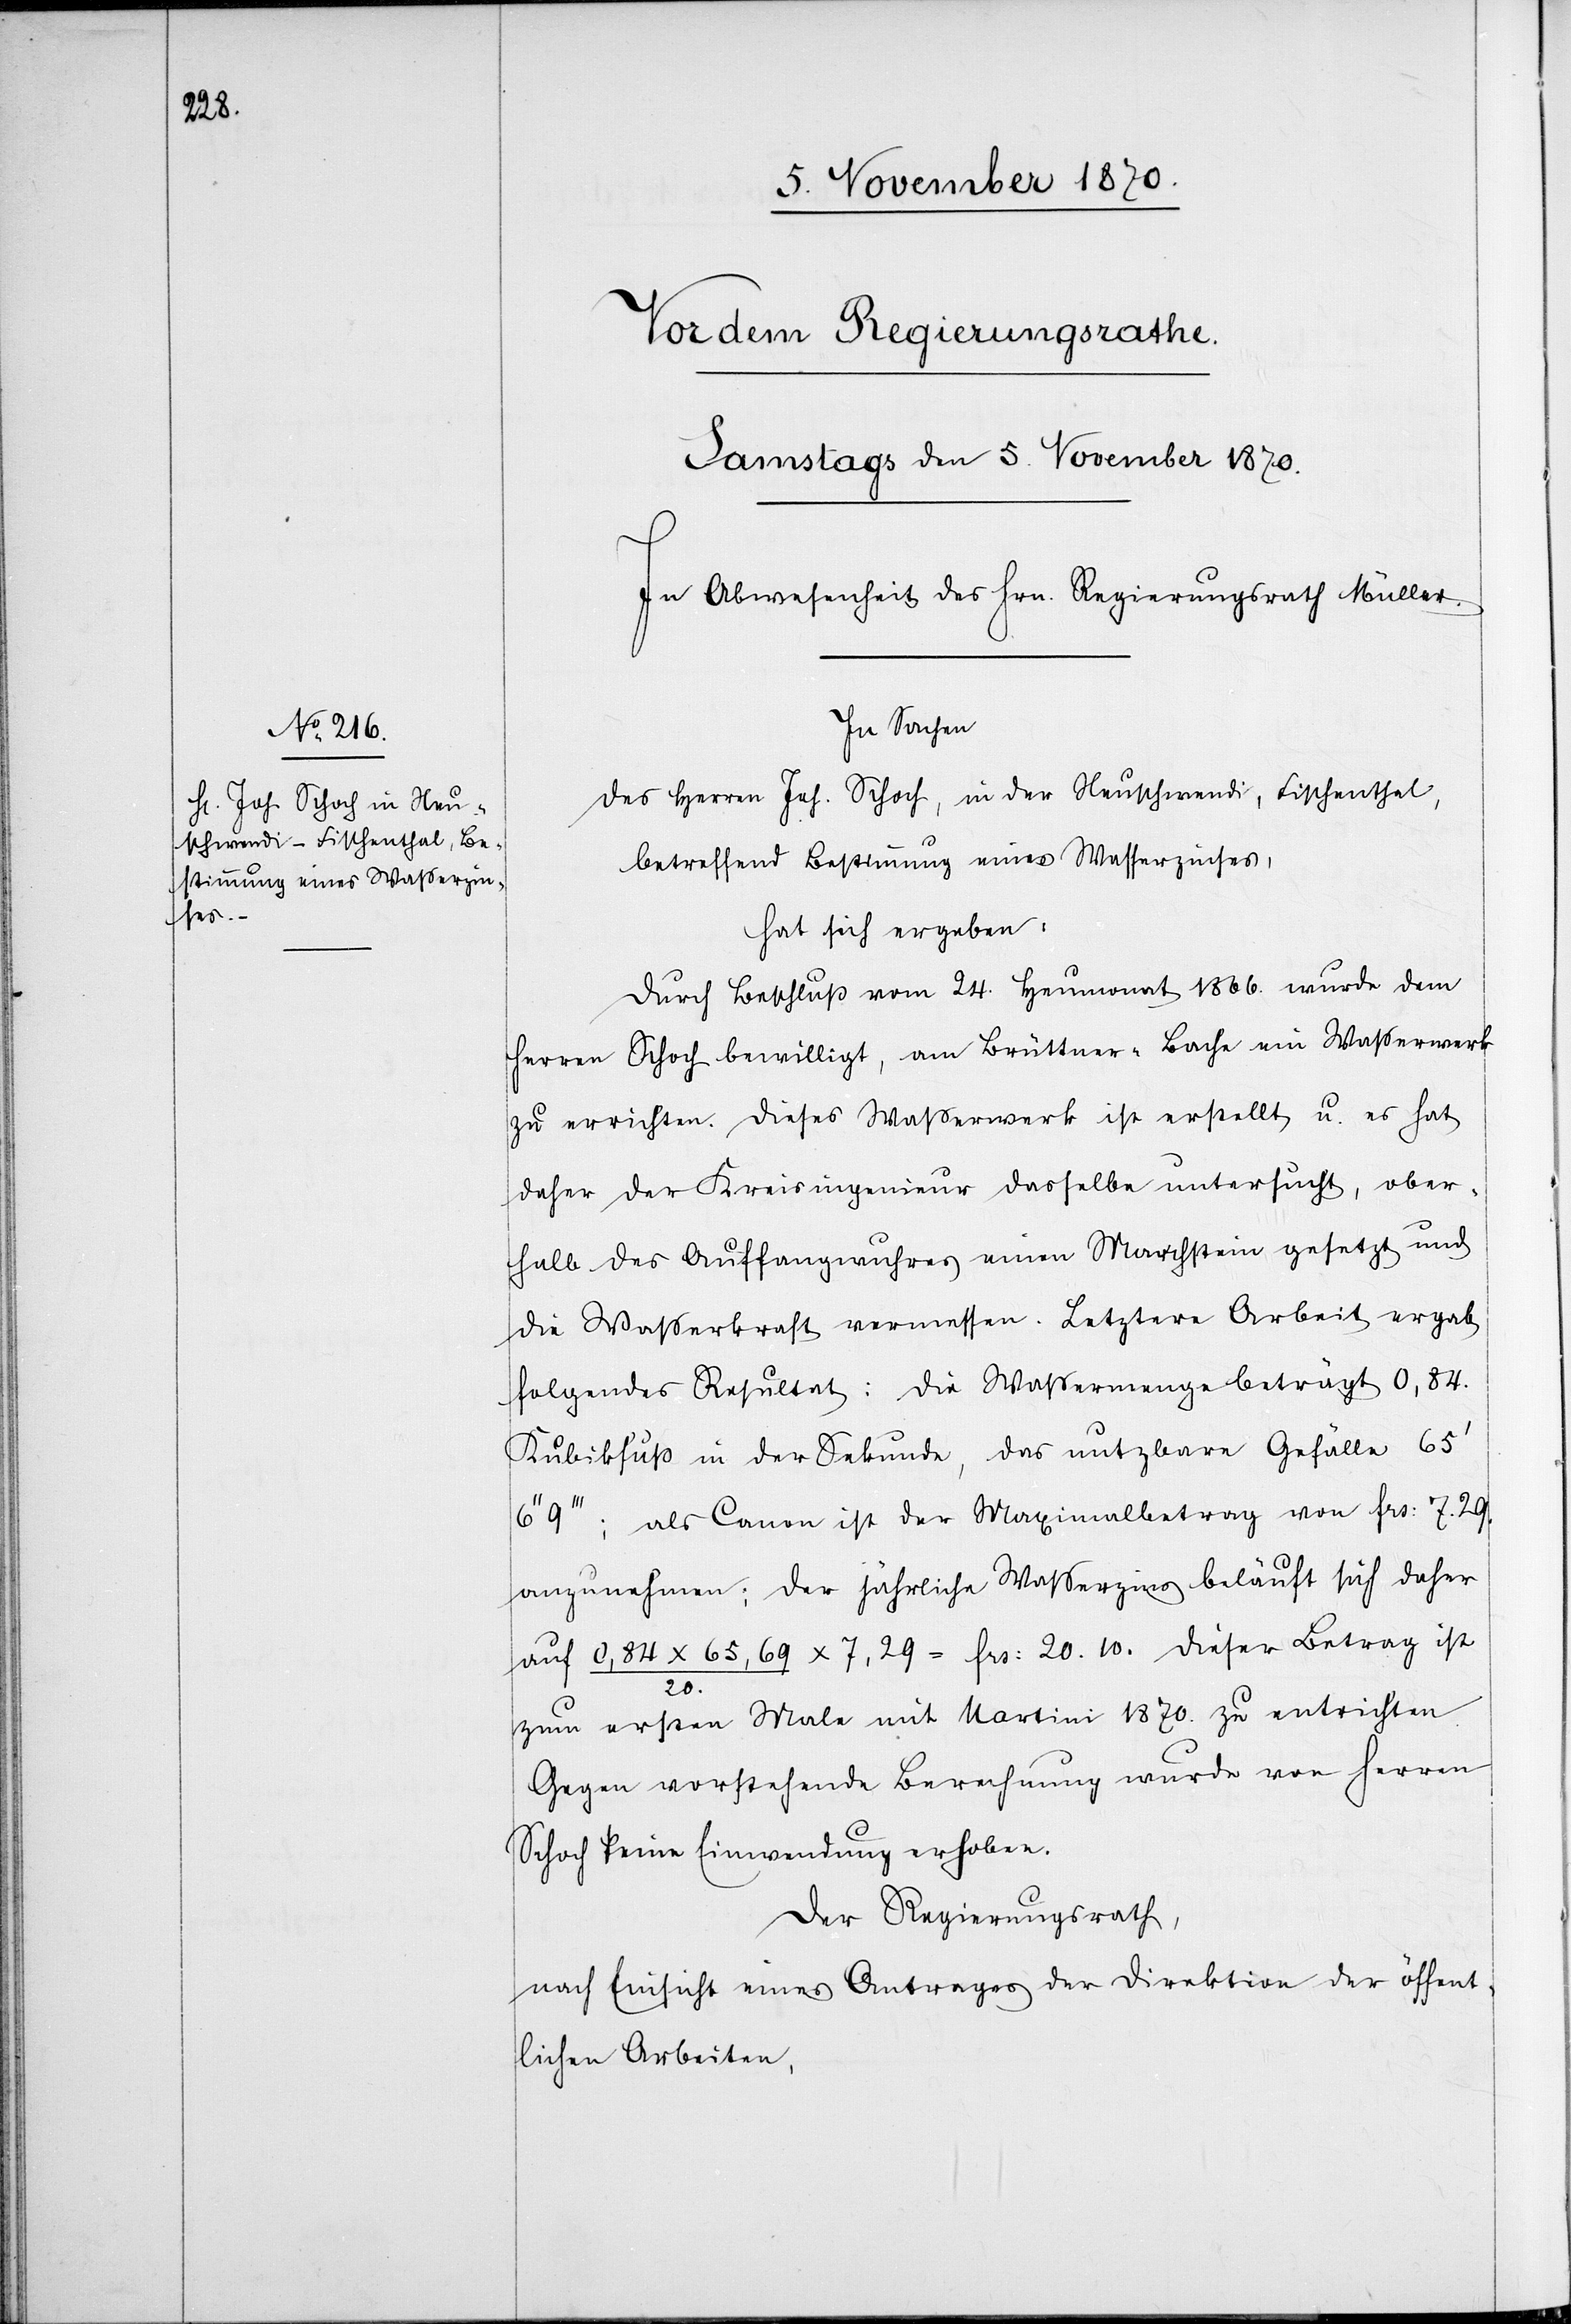
In Sachen
des Herren Joh. Schoch, in der Neuschwendi, Fischenthal,
betreffend Bestimmung eines Wasserzinses,
hat sich ergeben:
Durch Beschluß vom 24. Heumonat 1866. wurde dem
Herren Schoch bewilligt, am Brüttner-Bache ein Wasserwerk
zu errichten. Dieses Waßerwerk ist erstellt u. es hat
daher der Kreisingenieur dasselbe untersucht, ober¬
halb des Auffangswuhres einen Marchstein gesetzt und
die Wasserkraft vermessen. Letztere Arbeit ergab
folgendes Resultat: Die Waßermenge beträgt 0,84.
Kubikfuß in der Sekunde, das nutzbare Gefälle 65’
9’’’; als Canon ist der Maximalbetrag von Frs: 7.29.
anzunehmen; der jährliche Waßerzins beläuft sich daher
auf 0,84 x 65,69 / 20. x 7,29 = Frs: 20.10. Dieser Betrag ist
zum ersten Male mit Martini 1870. zu entrichten.
Gegen vorstehende Berechnung wurde von Herren
Schoch keine Einwendung erhoben.
Der Regierungsrath,
nach Einsicht eines Antrages der Direktion der öffent¬
lichen Arbeiten,